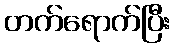
တက်ရောက်ပြီး